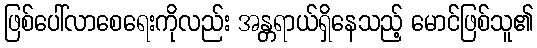
ဖြစ်ပေါ်လာစေရေးကိုလည်း အန္တရာယ်ရှိနေသည့် မောင်ဖြစ်သူ၏